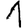
Digit: 1